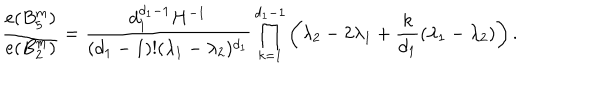
{ \frac { e ( B _ { 5 } ^ { m } ) } { e ( B _ { 2 } ^ { m } ) } } = { \frac { d _ { 1 } ^ { d _ { 1 } - 1 } H ^ { - 1 } } { ( d _ { 1 } - 1 ) ! ( \lambda _ { 1 } - \lambda _ { 2 } ) ^ { d _ { 1 } } } } \prod _ { k = 1 } ^ { d _ { 1 } - 1 } \left( \lambda _ { 2 } - 2 \lambda _ { 1 } + { \frac { k } { d _ { 1 } } } ( \lambda _ { 1 } - \lambda _ { 2 } ) \right) .